Annual report on the working of the mental hospitals in the Madras Presidency - 1912-1932
Year: 1912
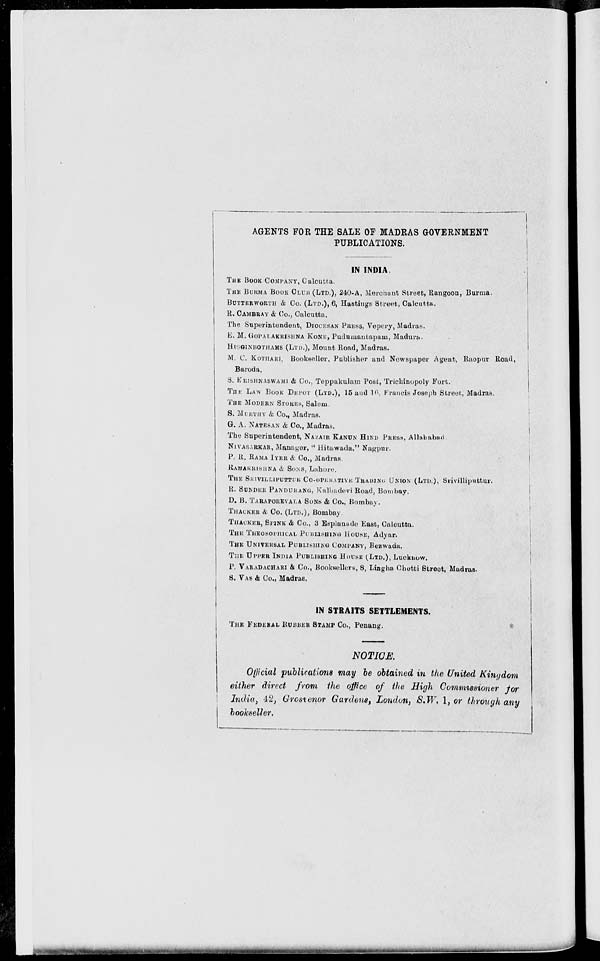
AGENTS FOR THE SALE OF MADRAS GOVERNMENT
PUBLICATIONS.
IN INDIA.
THE BOOK COMPANY, Calcutta.
THE BURMA BOOK CLUB (LTD.), 240-A, Merchant Street, Rangoon, Burma.
BUTTERWORTH & Co. (LTD.), 6, Hastings Street, Calcutta,.
E. CAMBRAY & Co., Calcutta.
The Superintendent, DIOCESAN PRESS, Vepery, Madras.
E. M. GOPALAKRISHNA KONE, Pudumantapam, Madura.
HIGGINBOTHAMS (LTD.), Mount Road, Madras.
M. C. KOTHARI, Bookseller, Publisher and Newspaper Agent, Raopur Road,
Baroda.
S. KRISHNASWAMI & Co., Teppakulam Post, Trichinopoly Fort.
THE LAW BOOK DEPOT (LTD.), 15 and 16, Francis Joseph Street, Madras.
THE MODERN STORES, Salem.
S. MURTHY & Co., Madras.
G. A. NATESAN & Co., Madras.
The Superintendent, NAZAIR KANUN HIND PRESS, Allahabad
NIVASARKAR, Manager, " Hitawada," Nagpur.
P. R. RAMA IYER & Co., Madras.
RAMAKRISHNA & SONS, Lahore.
THE SRIVILLIPUTTUR CO-OPERATIVE TRADING; UNION (LTD.), Srivilliputtur.
R. BONDER PANDURANG. Kalbadevi Road, Bombay.
D. B. TARAPOREVALA SONS & Co., Bombay.
THACKER & Co. (LTD.), Bombay.
THACKER, SPINK & Co., 3 Esplanade East, Calcutta.
THE THEOSOPHICAL PUBLISHING HOUSE, Adyar.
THE UNIVERSAL PUBLISHING COMPANY, Rezwada.
THE UPPER INDIA PUBLISHING HOUSE (LTD.), Lucknow.
P. VARADACHARI & Co., Booksellers, 8, Lingha Chetti Street, Madras.
S. VAS & Co., Madras.
IN STRAITS SETTLEMENTS.
THE FEDERAL RUBBER STAMP Co., Penang.
NOTICE.
Official publications may be obtained in the United Kingdom
either direct from the office of the High Commissioner for
India, 42, Grosvenor Gardens, London, S.W. 1, or through any
bookseller.